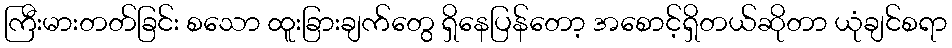
ကြီးမားတတ်ခြင်း စသော ထူးခြားချက်တွေ ရှိနေပြန်တော့ အစောင့်ရှိတယ်ဆိုတာ ယုံချင်စရာ